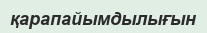
қарапайымдылығын